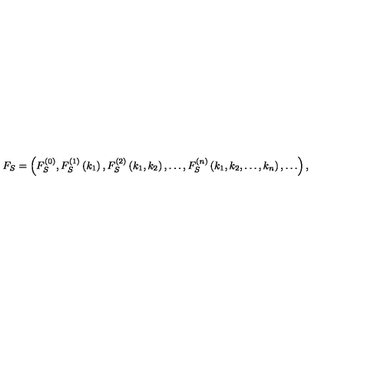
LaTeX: F _ { S } = \left( F _ { S } ^ { ( 0 ) } , F _ { S } ^ { ( 1 ) } \left( k _ { 1 } \right) , F _ { S } ^ { ( 2 ) } \left( k _ { 1 } , k _ { 2 } \right) , \ldots , F _ { S } ^ { ( n ) } \left( k _ { 1 } , k _ { 2 } , \ldots , k _ { n } \right) , \ldots \right) ,